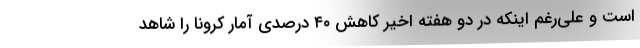
است و علی‌رغم اینکه در دو هفته اخیر کاهش ۴۰ درصدی آمار کرونا را شاهد